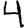
Digit: 4